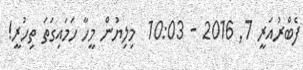
ފެބްރުއަރީ 7